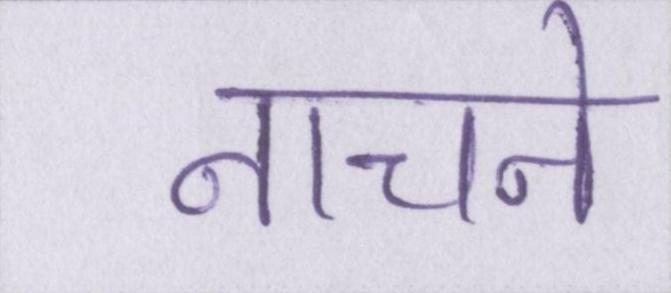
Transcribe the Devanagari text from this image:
नाचने